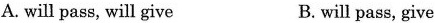
A.will pass,will give B.will pass,give